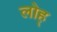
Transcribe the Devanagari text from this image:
लोह्